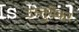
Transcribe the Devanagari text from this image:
उस्तुरीकर